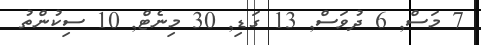
7 މަސް